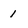
Character: 1